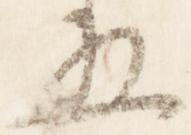
五